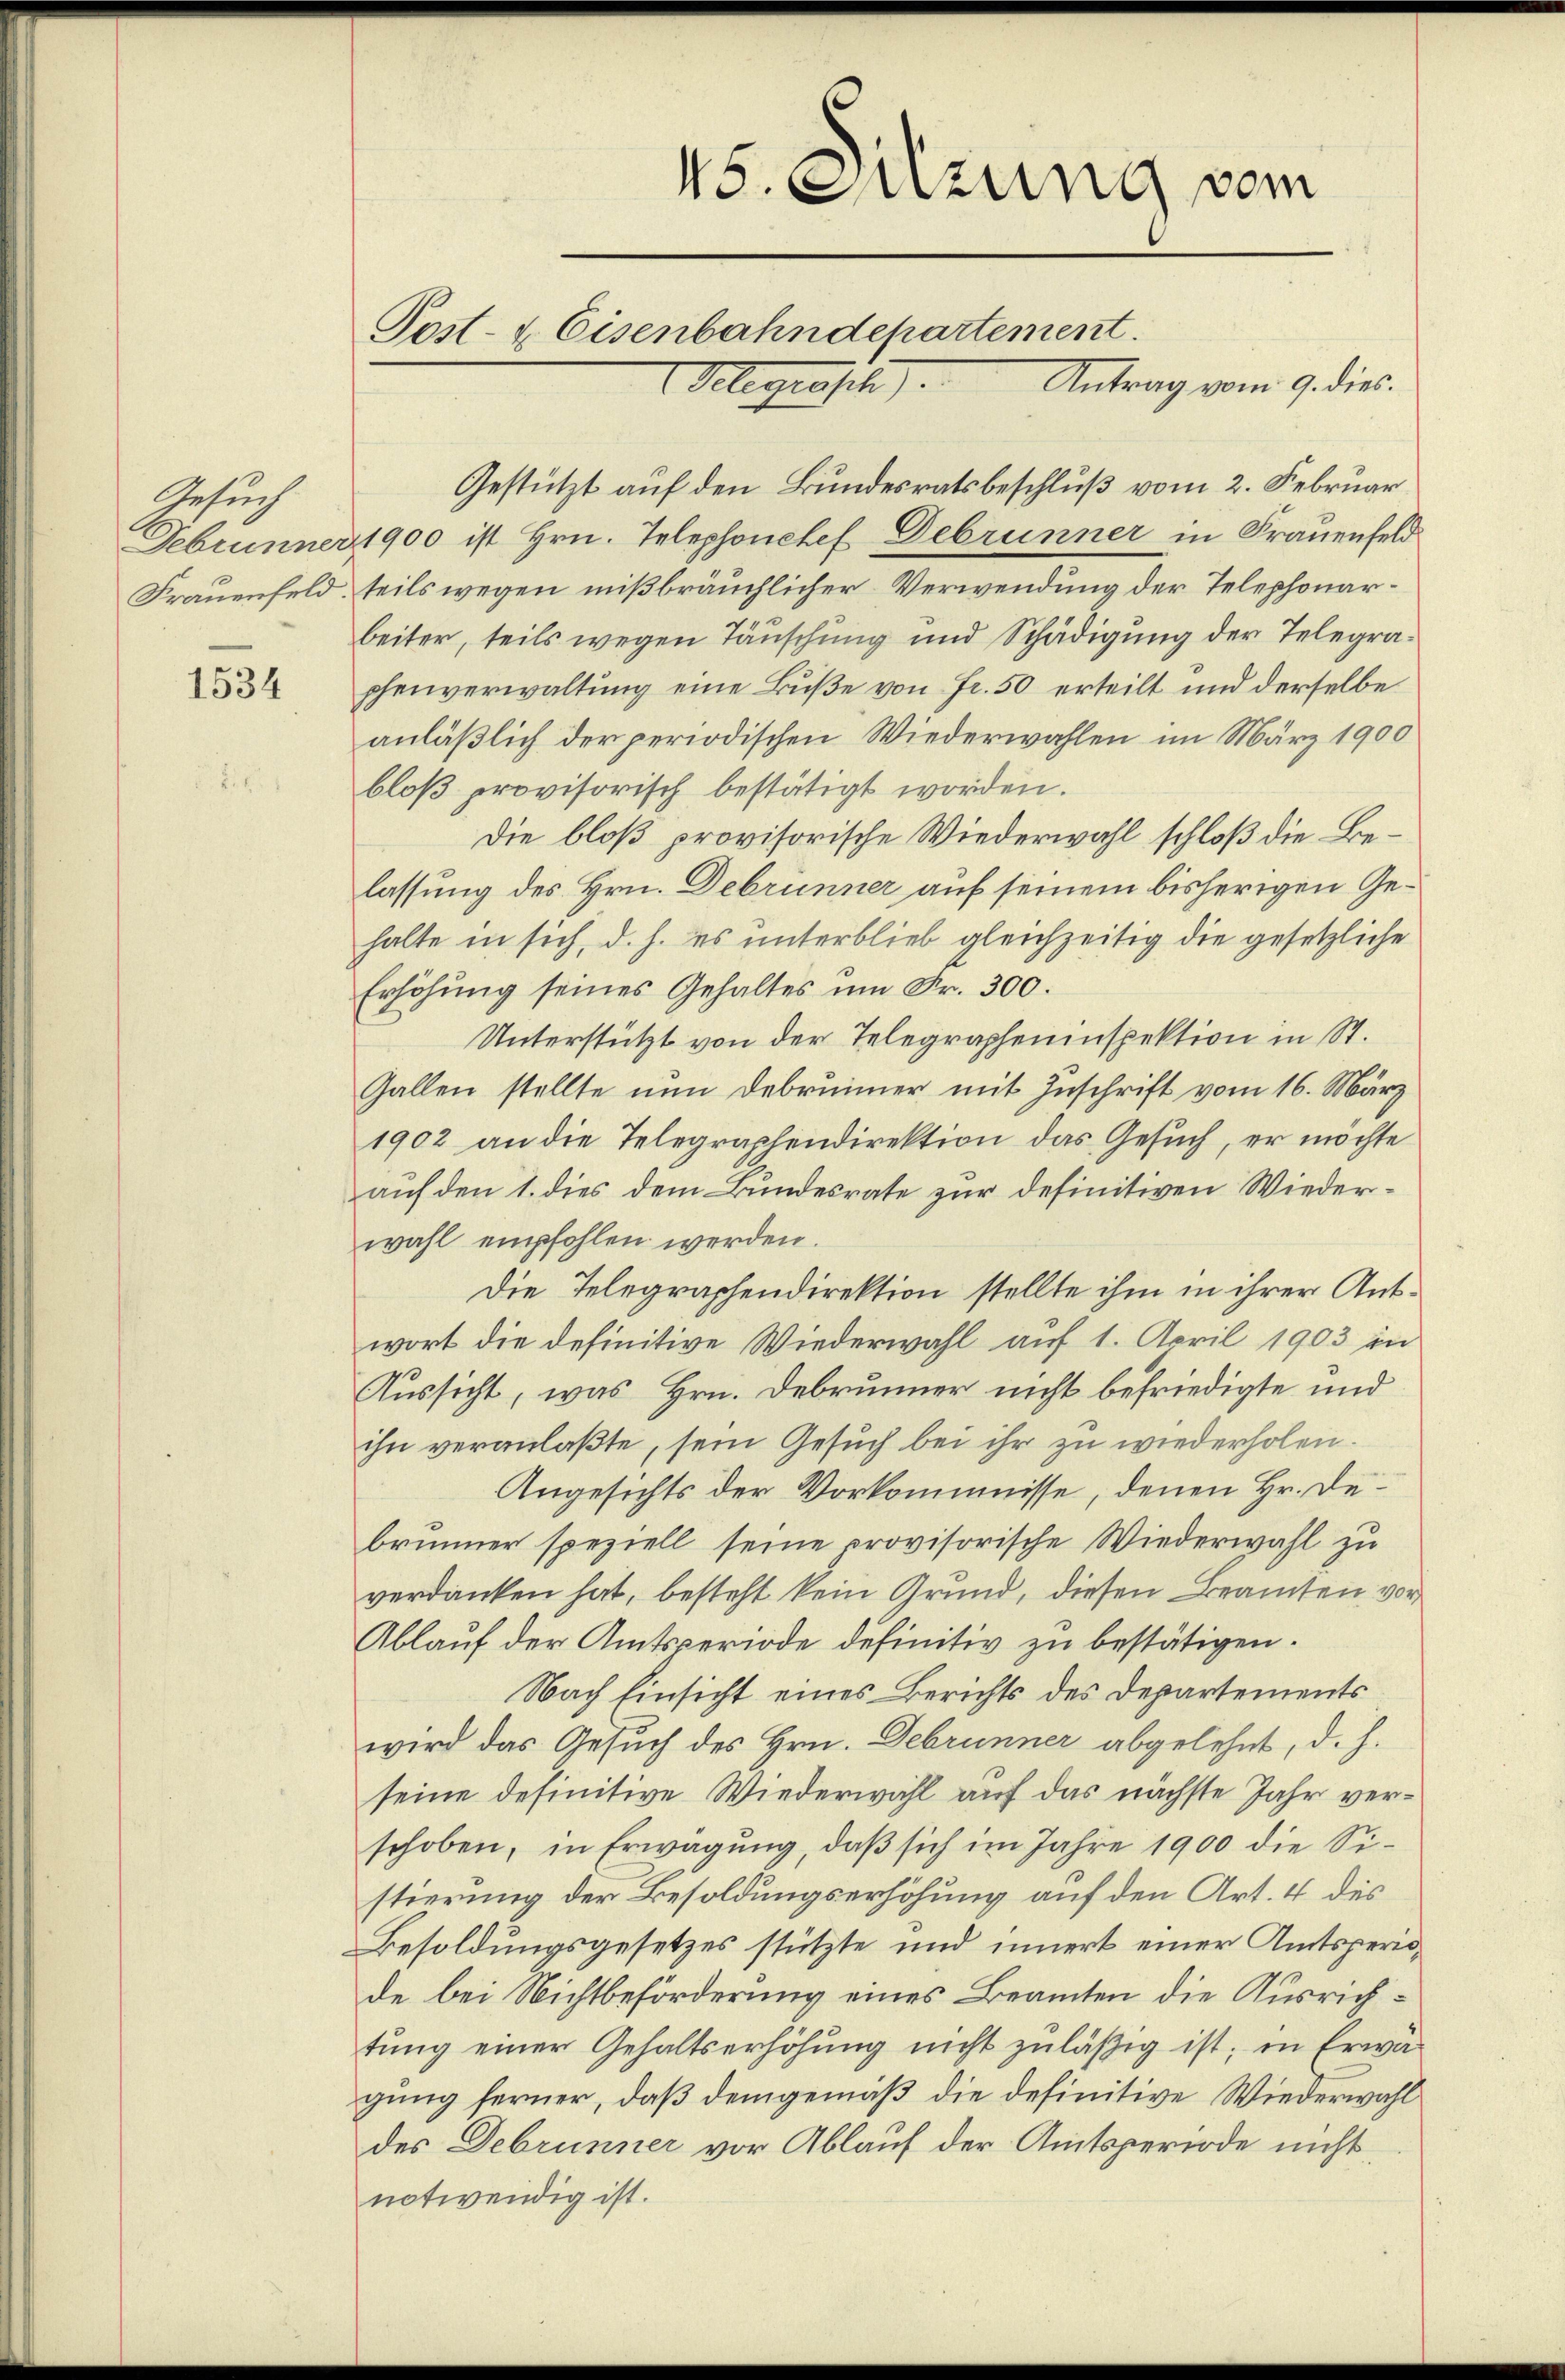
Gesuch
Debrunner
Frauenfeld

1534

5. Suzung vom
Post- & Eisenbahndepartement.
Gelegensch
Antrag vom 9. dies.

Gestützt auf den Bundesratsbeschluß vom 2. Februar
1900 ist Hrn. Telephonehel Debrunner in Frauenfeld
teils wegen mißbräuchlicher Verwendung der Telephonarbeiter, teils wegen Täuschung und Schädigung der Telegraphenverwaltung eine Buße von Fr. 50 erteilt und derselbe
anläßlich der periodischen Wiederwahlen im März 1900
bloß provisorisch bestätigt worden.
Die bloß provisorische Wiederwahl schloß die Belassung des Hrn. Debrunner auf seinem bisherigen Gehalte in sich, d. h. es unterblieb gleichzeitig die gesetzliche
Erhöhung seines Gehaltes um Fr. 300.
Unterstützt von der Telegrapheninspektion in St.
Gallen stellte nun Debrunner mit Zuschrift vom 16. März
1902 an die Telegraphendirektion das Gesuch, er möchte
auf den 1. dies dem Bundesrate zur definitiven Wiederwahl empfohlen werden.
Die Telegraphendirektion stellte ihm in ihrer Antwort die definitive Wiederwahl auf 1. April 1903 in
Aussicht, was Hrn. Debrunner nicht befriedigte und
ihn veranlaßte, sein Gesuch bei ihr zu wiederholen.
Angesichts der Vorkommnisse, denen Hr. Debrunner speziell seine provisorische Wiederwahl zu
verdanken hat, besteht kein Grund, diesen Beamten vor
Ablauf der Amtsperiode definitiv zu bestätigen.
Nach Einsicht eines Berichts des Departements
wird das Gesuch des Hrn. Debrunner abgelehnt, d. h.
seine definitive Wiederwahl auf das nächste Jahr verschoben, in Erwägung, daß sich im Jahre 1900 die Sistierung der Besoldungserhöhung auf den Art. 4 des
Besoldungsgesetzes stützte und innert einer Amtsperiode bei Nichtbeförderung eines Beamten die Ausrichtung einer Gehaltserhöhung nicht zuläßig ist; in Erwägung ferner, daß demgemäß die definitive Wiederwahl
des Debrunner vor Ablauf der Amtsperiode nicht
notwendig ist.